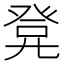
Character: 𭀭